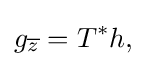
\displaystyle {g_{\overline {z}}=T^{*}h,}